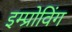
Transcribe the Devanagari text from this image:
इम्प्रोविंग